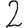
Digit: 2